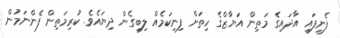
ފެނިފައި އާދައިގެ މަތިން އަޔާޒްގެ ހިތަށް ފިނިކަމެއް ލިބިގެން ދިޔައެވެ. ކުރިމަތިން ފެންނަމުން